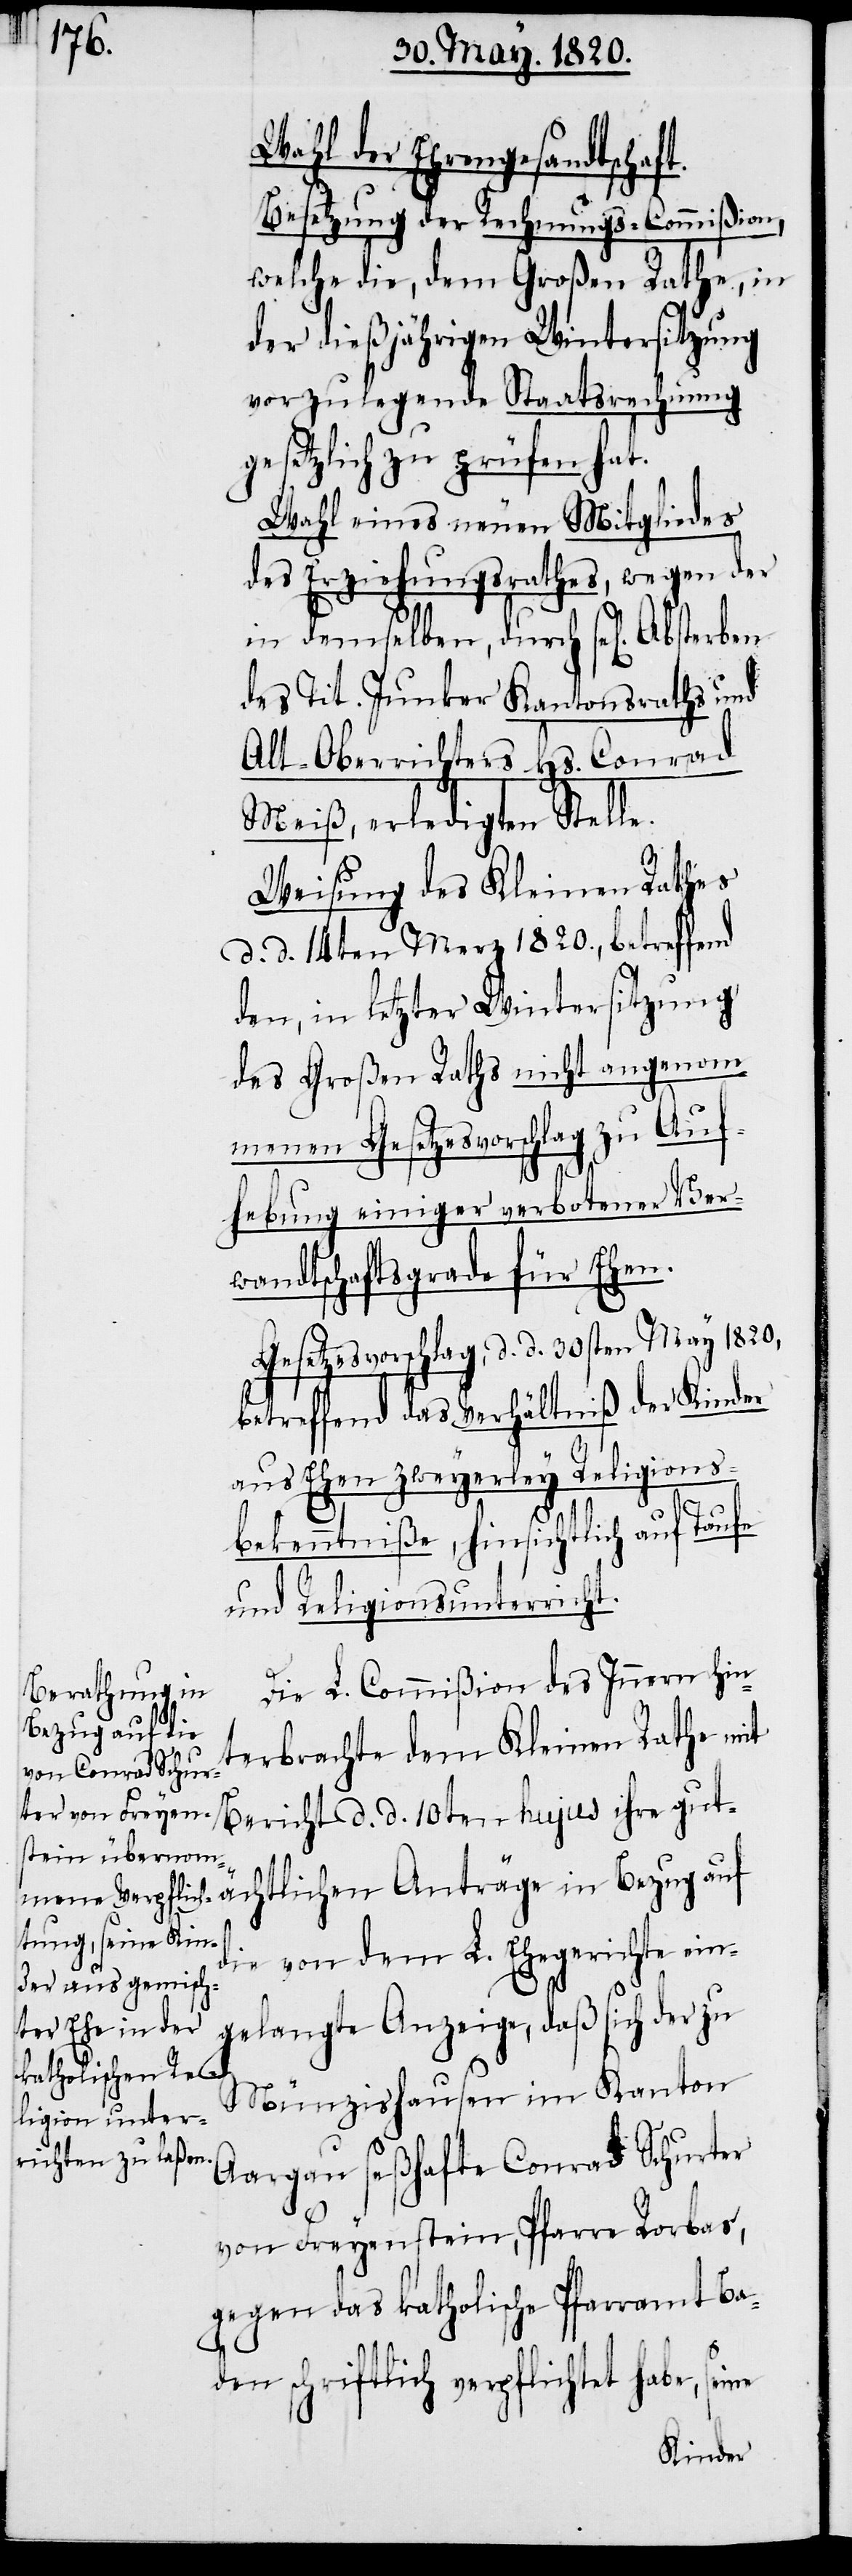
Wahl der Ehrengesandtschaft.
Besetzung der Rechnungs-Commißion,
welche die, dem Großen Rathe, in
der dießjährigen Wintersitzung
vorzulegende Staatsrechnung
gesetzlich zu prüfen hat.
Wahl eines neuen Mitgliedes
des Erziehungsrathes, wegen der
in demselben, durch sel[igen].
des Tit. Junker Kantonsraths und
Alt-Oberrichters Hs. Conrad
Meiß, erledigten Stelle.
Weisung des Kleinen Raths
d. d. 14ten Merz 1820., betreffend
den, in letzter Wintersitzung
des Großen Raths nicht angenom¬
menen Gesetzesvorschlag zu Auf¬
hebung einiger verbotener Ver¬
wandtschaftsgrade für Ehen.
Gesetzesvorschlag, d. d. 30sten May 1820,
betreffend das Verhältniß der Kinder
aus Ehen zweyerley Religions¬
bekenntniße, hinsichtlich auf Taufe
und Religionsunterricht.
Die L. Commiβion des Innern hin¬
terbrachte dem Kleinen Rathe mit
Bericht d. d. 10ten hujus ihre gutä¬
chtlichen Anträge in Bezug auf
die von dem L. Ehegerichte ein¬
gelangte Anzeige, daß sich der zu
Münzishausen im Kanton
Aargau seßhafte Conrad Schurter
von Freyenstein, Pfarre Rorbas,
gegen das katholische Pfarramt Ba¬
den schriftlich verpflichtet haben,